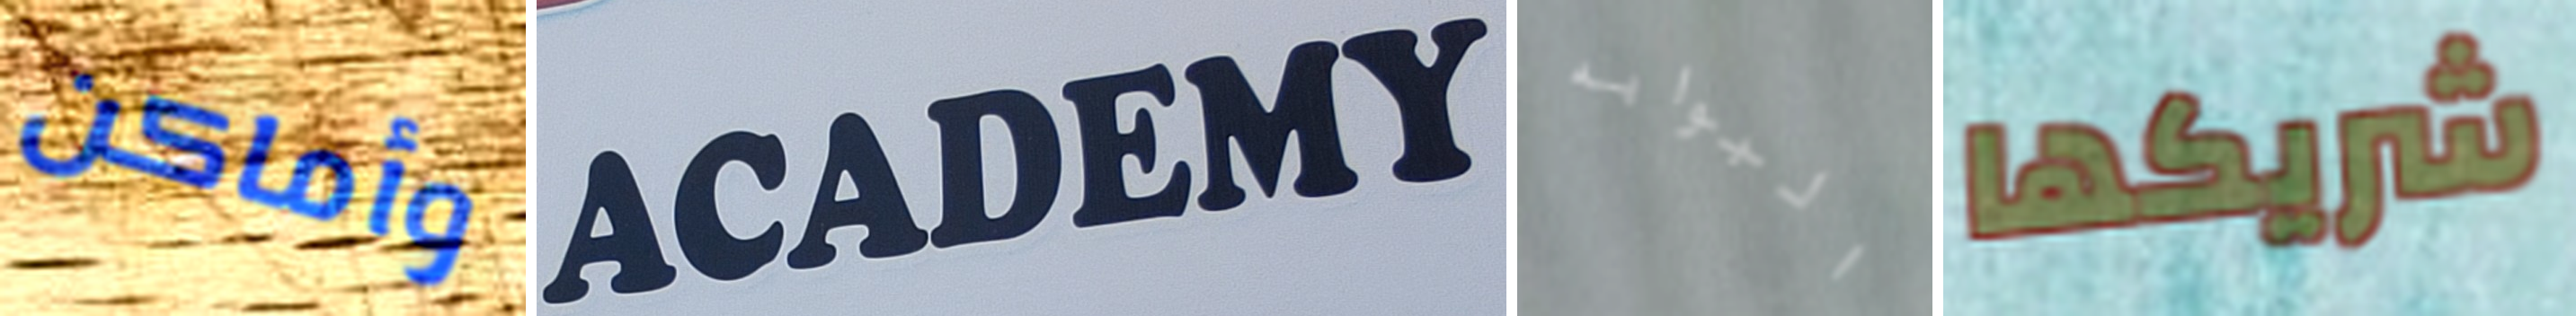
وأماكن ACADEMY البوابه شريكها